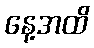
နေ့အထိ